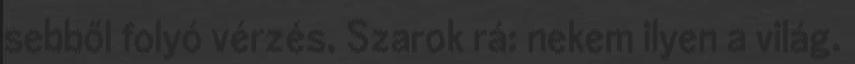
sebből folyó vérzés, Szarok rá: nekem ilyen a világ.